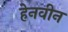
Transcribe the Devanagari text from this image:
हेनवीन